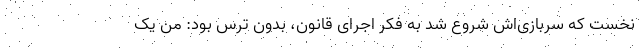
نخست که سربازی‌اش شروع شد به فکر اجرای قانون، بدون ترس بود: من یک